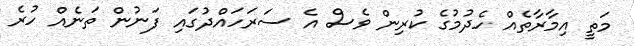
މަތީ އިމާރާތެއް ހެދުމުގެ ކުރިން ވެސް އެ ސަރަހައްދުގައި ފަނުން ތަނެއް ހުރެ